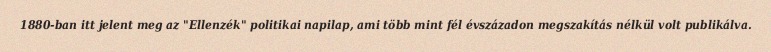
1880-ban itt jelent meg az "Ellenzék" politikai napilap, ami több mint fél évszázadon megszakítás nélkül volt publikálva.